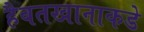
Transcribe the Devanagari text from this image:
हैबतखानाकडे